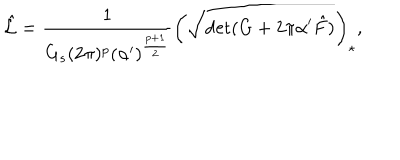
\hat { \cal L } = \frac { 1 } { G _ { s } ( 2 \pi ) ^ { p } ( \alpha ^ { \prime } ) ^ { \frac { p + 1 } { 2 } } } \left( \sqrt { \mathrm { d e t } ( G + 2 \pi \alpha ^ { \prime } \hat { F } ) } \right) _ { \star } ,